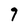
Character: 7